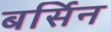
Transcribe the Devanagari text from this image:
बर्सिन